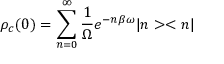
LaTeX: \rho _ { c } ( 0 ) = \sum _ { n = 0 } ^ { \infty } \frac { 1 } { \Omega } e ^ { - n \beta \omega } | n > < n |